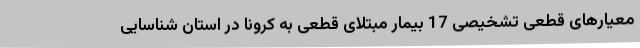
معیارهای قطعی تشخیصی 17 بیمار مبتلای قطعی به کرونا در استان شناسایی